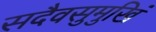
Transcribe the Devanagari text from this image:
सदैवसुमुखिं